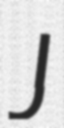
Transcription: J